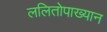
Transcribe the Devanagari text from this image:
ललितोपाख्यान